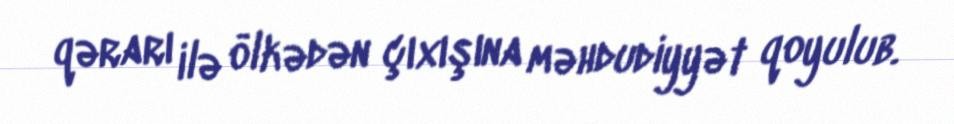
qərarı ilə ölkədən çıxışına məhdudiyyət qoyulub.